Annual report on the health of the army in India
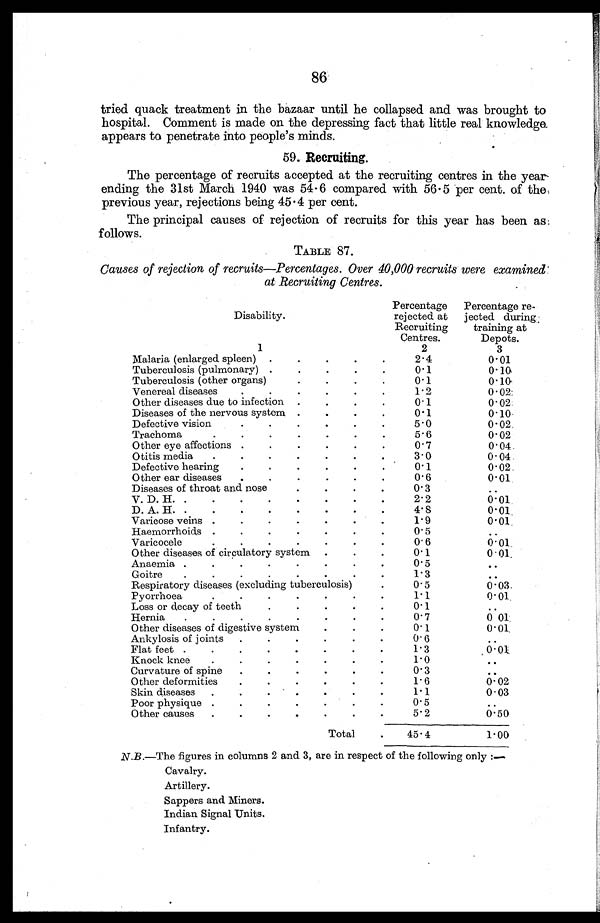
86
tried quack treatment in the bazaar until he collapsed and was brought to
hospital. Comment is made on the depressing fact that little real knowledge
appears to penetrate into people's minds.
59. Recruiting.
The percentage of recruits accepted at the recruiting centres in the year
ending the 31st March 1940 was 54.6 compared with 56.5 per cent. of the
previous year, rejections being 45.4 per cent.
The principal causes of rejection of recruits for this year has been as
follows.
TABLE 87.
Causes of rejection of recruits—Percentages. Over 40,000 recruits were examined
at Recruiting Centres.
Disability.
Percentage
rejected at
Recruiting
Centres.
Percentage re-
jected during.
training at
Depots.
1
2
3
Malaria (enlarged spleen) . . .
2.4
0.01
Tuberculosis (pulmonary) . . .
0.1
0.10
Tuberculosis (other organs). . .
0 . 1
0.10
Venereal diseases . . .
1.2
0.02
Other diseases due to infection . . .
0. 1
0.02
Diseases of the nervous system . . .
0.1
0.10
Defective vision. . .
5.0
0.02
Trachoma. . .
5.6
0.02
Other eye affections . . .
0.7
0.04
Otitis media . . .
3.0
0.04
Defective hearing . . .
0.1
0.02
Other ear diseases . . .
0.6
0.01
Diseases of throat and nose. . .
0 . 3
. . .
V. D. H. . .
.
2.2
0.01
D.A.H. . . .
4.8
0.01
Varicose veins . . .
1.9
0.01
Haemorrhoids . . .
0.5
. . .
Varicocele. . .
0.6
0.01
Other diseases of circulatory system . . .
0. 1
0.01
Anaemia . . .
0.5
. . .
Goitre . . .
1. 3
. . .
Respiratory diseases (excluding tuberculosis) . . .
0.5
0.03
Pyorrhoea . . .
1.1
0.01
Loss or decay of teeth . . .
0.1
. . .
Hernia . . .
0.7
0.01.
Other diseases of digestive system . . .
0.1
0.01
Ankylosis of joints . . .
0.6
. . .
Flat feet . . .
1.3
0.01
Knock knee . . .
1.0
. . .
Curvature of spine . . .
0.3
. . .
Other deformities . . .
1. 6
0.02
Skin diseases . . .
1.1
0.03
Poor physique . . .
0.5
. . .
Other causes . . .
5.2
0.50
Total . . .
45.4
1.00
N.B .—The figures in columns 2 and 3, are in respect of the following only:—
Cavalry.
Artillery.
Sappers and Miners.
Indian Signal Units.
Infantry.